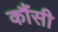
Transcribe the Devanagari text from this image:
कौंसी